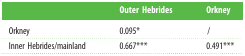
<table><thead><tr><td></td><td><b>Outer Hebrides</b></td><td><b>Orkney</b></td></tr></thead><tbody><tr><td>Orkney</td><td>0.095*</td><td>/</td></tr><tr><td>Inner Hebrides/mainland</td><td>0.667***</td><td>0.491***</td></tr></tbody></table>